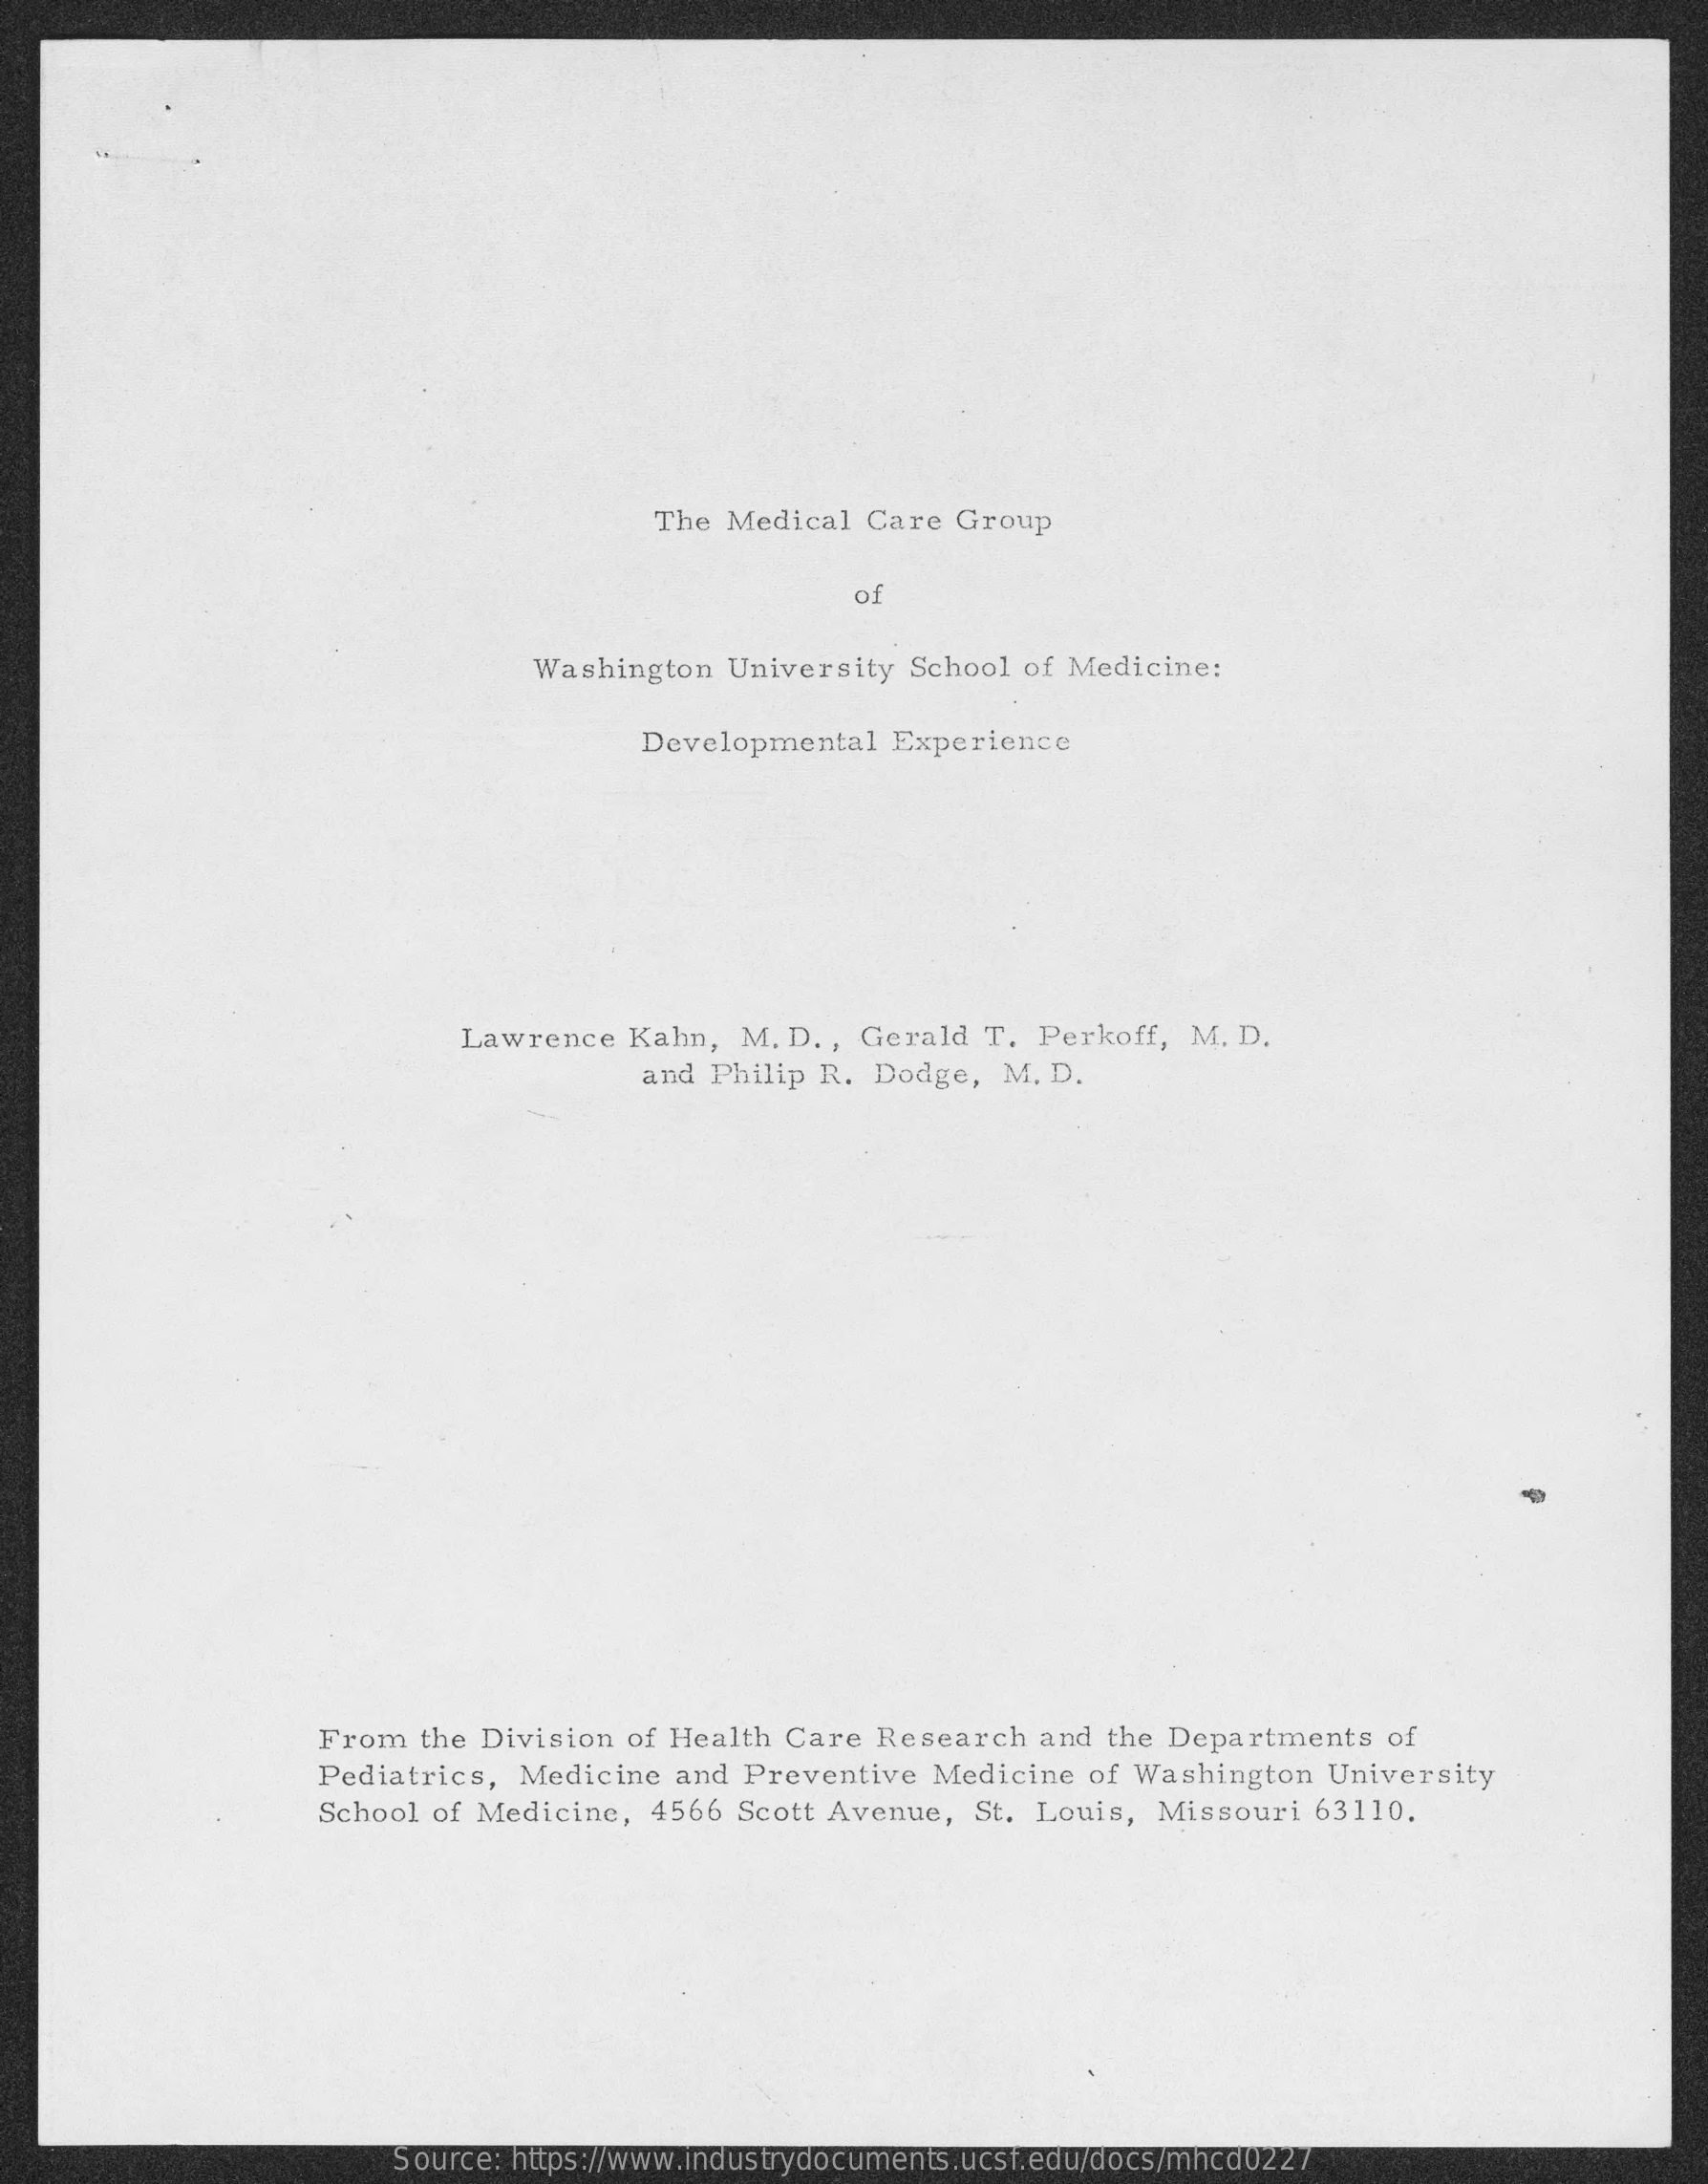
The Medical Care Group
     of
     Washington University School of Medicine:
     Developmental Experience
     Lawrence Kahn, M. D. , Gerald T. Perkoff, M. D.
     and Philip R. Dodge, M. D.
     From the Division of Health Care Research and the Departments of
     Pediatrics, Medicine and Preventive Medicine of Washington University
     School of Medicine, 4566 Scott Avenue, St. Louis, Missouri 63110.
     Source: https://www.industrydocuments.ucsf.edu/docs/mhcd0227